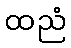
ထညံ